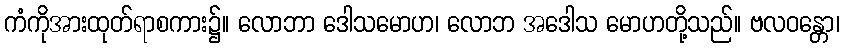
ကံကိုအားထုတ်ရာစကား၌။ လောဘာ ဒေါသမောဟ၊ လောဘ အဒေါသ မောဟတို့သည်။ ဗလဝန္တော၊